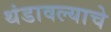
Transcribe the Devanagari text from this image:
थंडावल्याचे